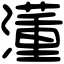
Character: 𣿅